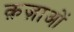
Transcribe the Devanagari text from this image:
क़ज़ाओं